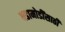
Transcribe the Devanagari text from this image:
घडामोडींसाठी